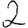
Digit: 2